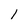
Character: 1